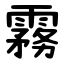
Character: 霧